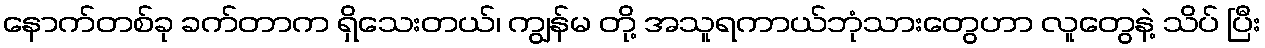
နောက်တစ်ခု ခက်တာက ရှိသေးတယ်၊ ကျွန်မ တို့ အသူရကာယ်ဘုံသားတွေဟာ လူတွေနဲ့ သိပ် ပြီး